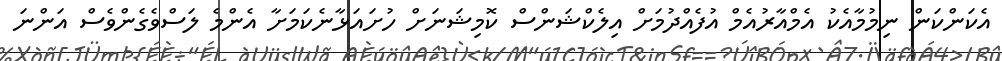
އެކަންކަން ނިމުމާއެކު އެމްއާރުއެމް އުފެއްދުމަށް އިލެކްޝަންސް ކޮމިޝަނަށް ހުށައަޅާނެކަމަށާ އެންމެ ލަސްވެގެންވެސް އަންނަ